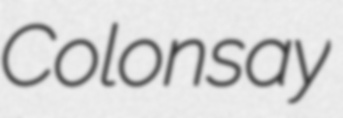
Colonsay